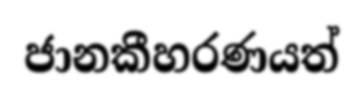
ජානකීහරණයත්